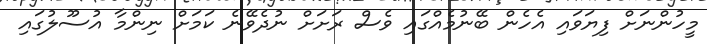
މީހުންނަށް ފިޔަވައި އެހެން ބޭނުމެއްގައި ވެސް ރަށަށް ނުދެވޭނެ ކަމަށް ނިންމާ އުސޫލުގައި